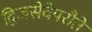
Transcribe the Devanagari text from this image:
द्विजसेवेपरौतें